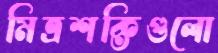
মিত্রশক্তিগুলো